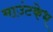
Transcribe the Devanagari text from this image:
माउंटकेभ